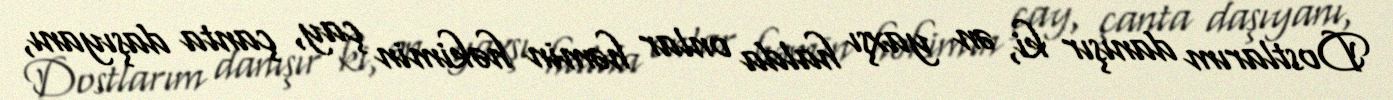
Dostlarım danışır ki, ən yaxşı halda onlar həmin həkimin çay, çanta daşıyanı,